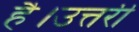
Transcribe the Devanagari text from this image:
है।उत्तरी